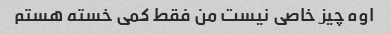
اوه چیز خاصی نیست من فقط کمی خسته هستم